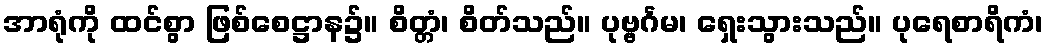
အာရုံကို ထင်စွာ ဖြစ်စေဋ္ဌာန၌။ စိတ္တံ၊ စိတ်သည်။ ပုဗ္ဗင်္ဂမ၊ ရှေးသွားသည်။ ပုရေစာရိကံ၊